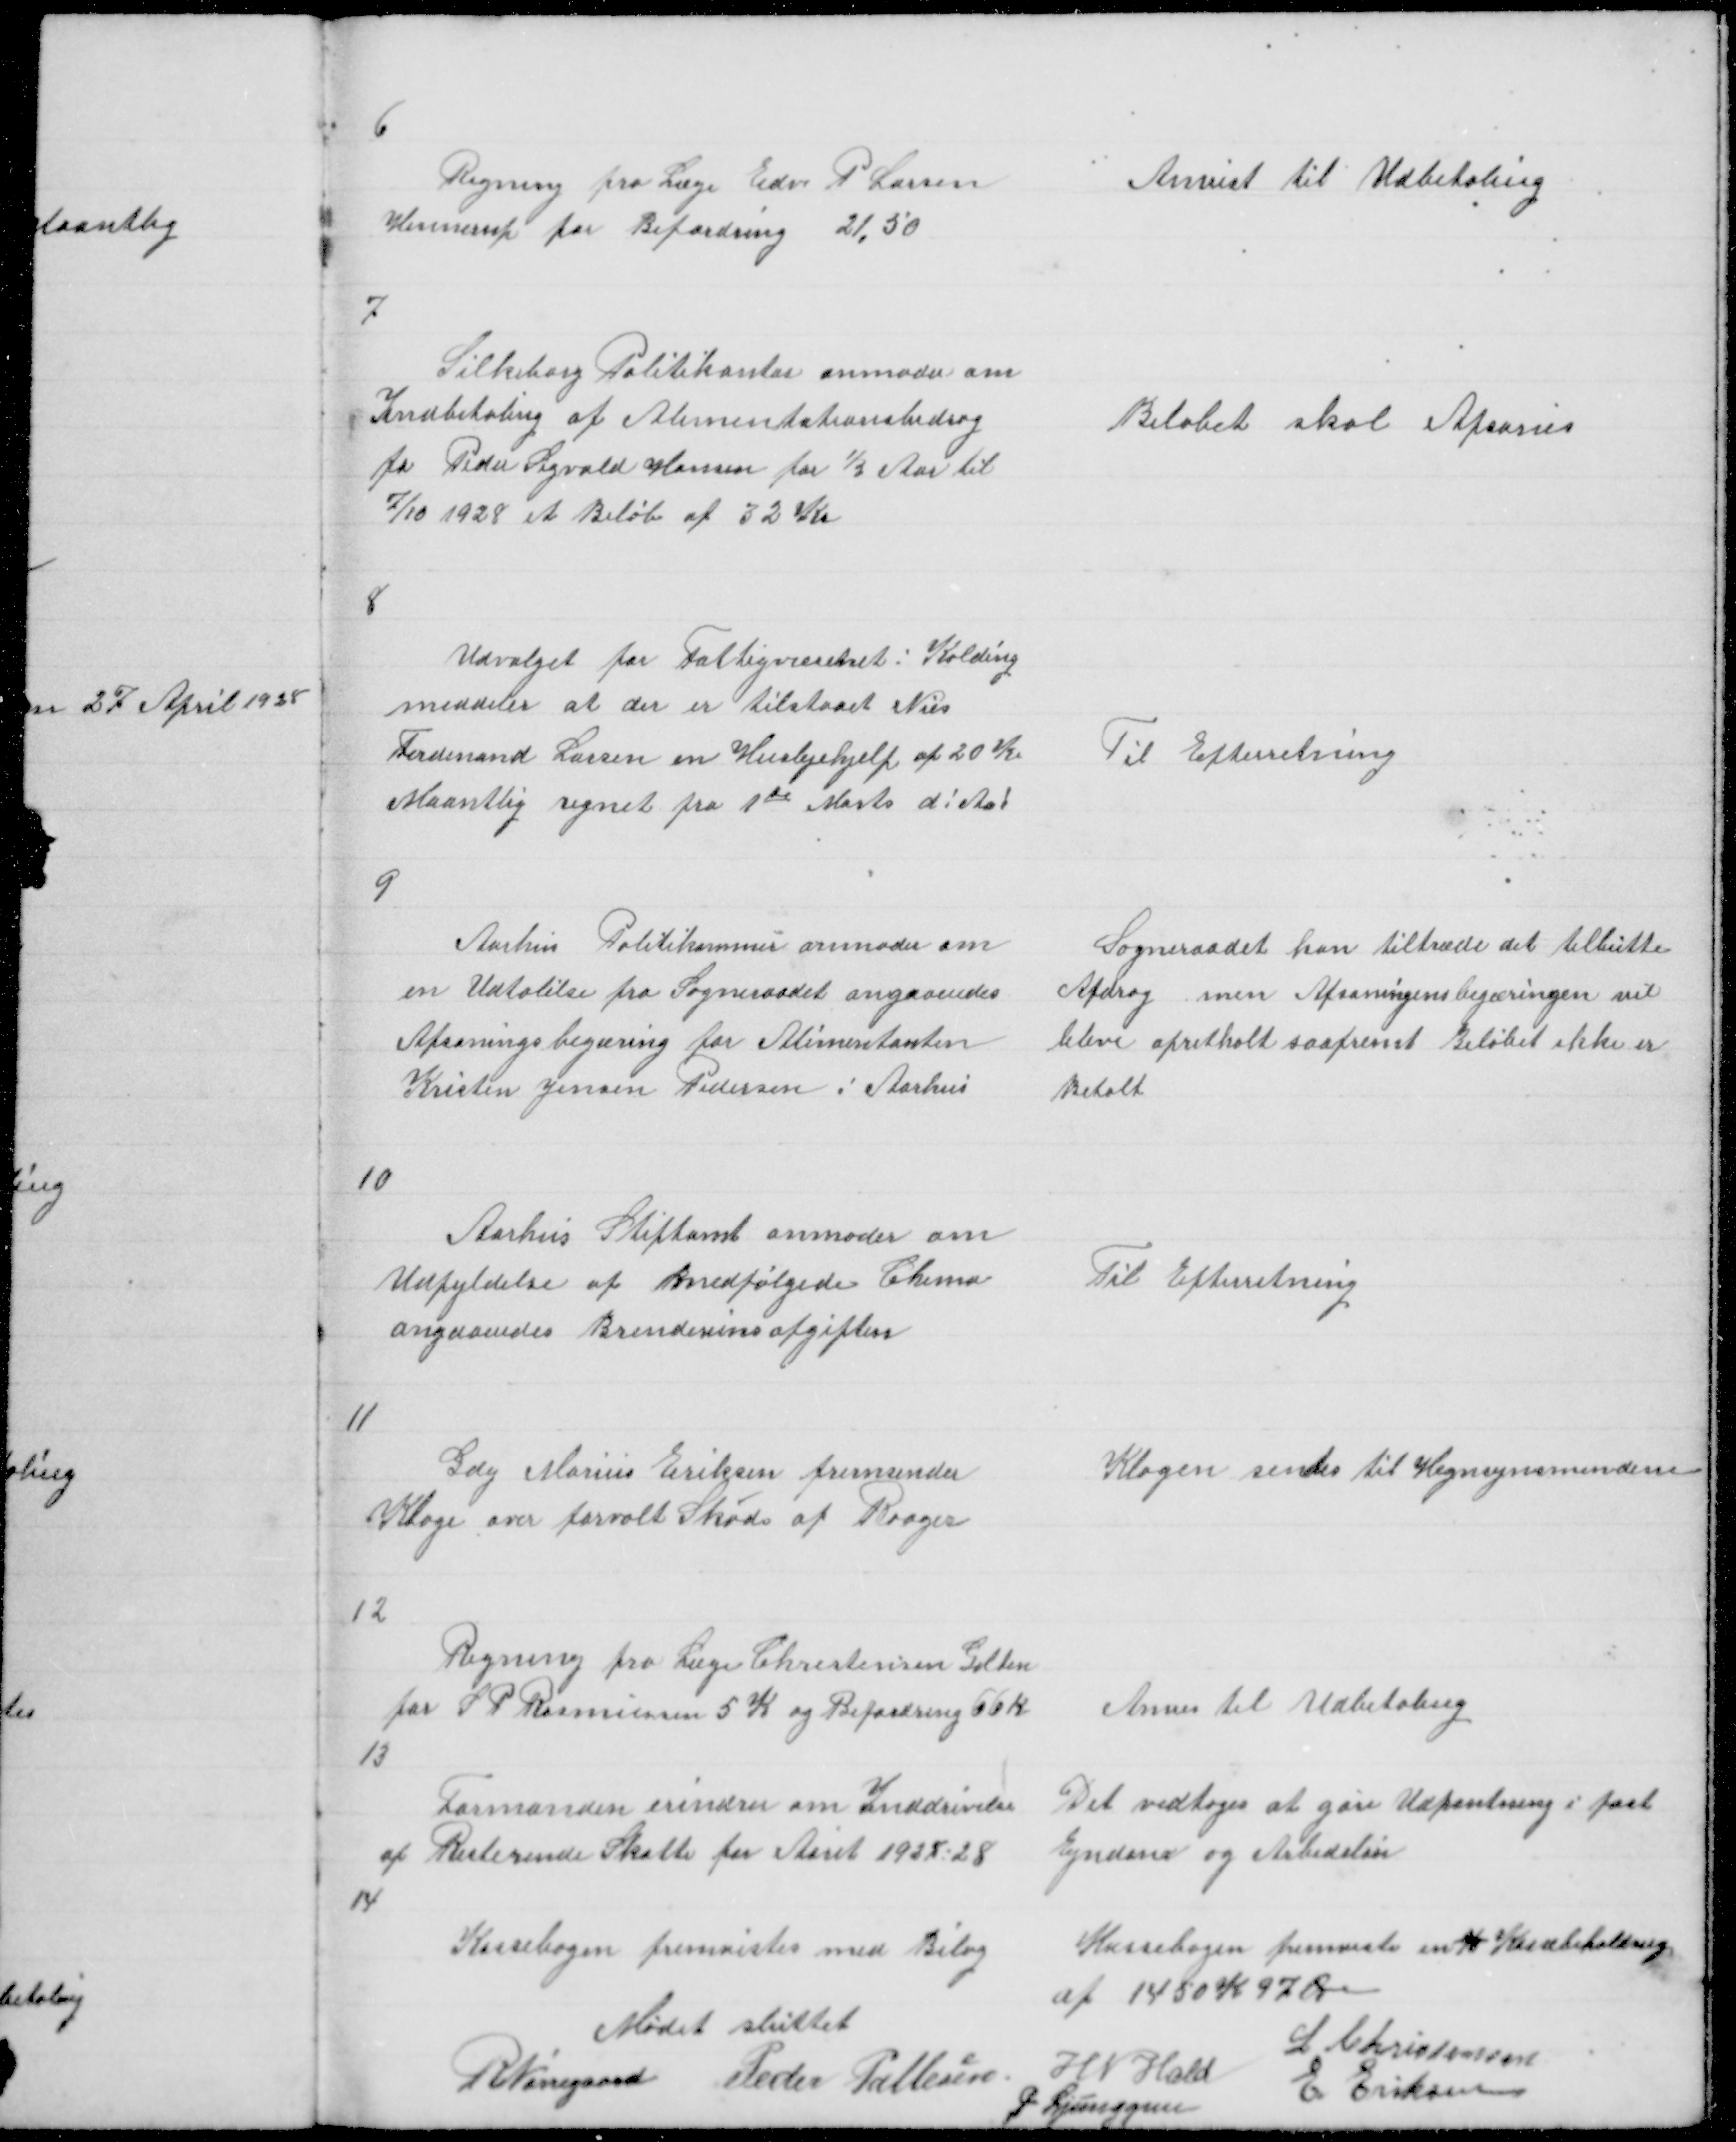
Transskription:
6

Regning fra Læge Edv P Larsen
Hinnerup for Befordring 21,50

Anvist til Udbetaling

7

Silkeborg Politikontor anmoder om
Indbetaling af Alimentationsbidrag
fr Peder Sigvald Hansen for ½ Aar til
7/10 1928 et Beløb af 32 Kr

Beløbet skal Afsones

8

Udvalget for Fattigvæsenet i Kolding
meddeler at der er tilstaaet Nies
Ferdinand Larsen en Huslejehjelp af 20 K
Maantlig regnet fra 1te Marts d! Aa!

Til Efterretning

9

Aarhus Politikammer anmoder om
en Udtalelse fra Sogneraadet angaaendes
Afsoningsbegæring for Alimentanten
Kristen Jensen Pedersen i Aarhus

Sogneraadet kan tiltræde det tilbutte
Afdrag men Afsoningsbegæringen vil
blive opretholt saafremt Beløbet ikke er
Betalt

10

Aarhus Stiftamt anmoder om
Udfyldelse af medfølgende Chema
angaaendes Brendevinsafgiften

Til Efterretning

11

Gdej Marius Eriksen fremsender
Klage over forvolt Skade af Raager

Klagen sendes til Hegnsynsmendene

12

Regning fra Læge Christensen Galten
for S P Rasmussen 5 K og Befordring 66 K

Anvis til Udbetaling

13

Formanden erindrer om Inddrivelse
af Resterende Skatte for Aaret 1927 - 28

Det vedtoges at gøre Udpantning i fast
Ejndom og Arbedsløn

14

Kassebogen fremvistes med Bilag

Kassebogen fremviste en % Kassebeholdning
af 1450 K 97 Øre

Mødet sluttet
R Nørregaard Peder Pallesen

L Christensen
H N Hald
E Eriksen
P Ljunggren